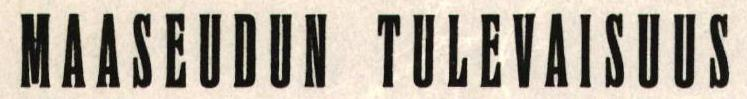
MAASEUDUN TULEVAISUUS